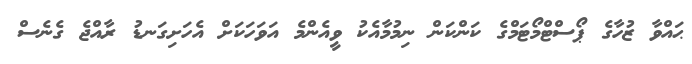
ޙައްވާ ޒުހާގެ ޕޯސްޓްމޯޓަމްގެ ކަންކަން ނިމުމާއެކު ވީއެންމެ އަވަހަކަށް އެހަށިގަނޑު ރާއްޖެ ގެނެސް